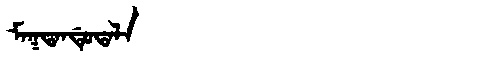
Manchu: ᠮᠠᡴᡨᠠᠨᡩᡠᡨᠠᠯᠠ
Romanization: MAKTANDUTALA